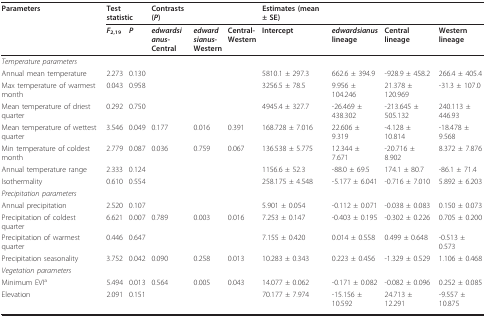
<table><thead><tr><td><b>Parameters</b></td><td colspan="2"><b>Test statistic</b></td><td><b>Contrasts (<i>P</i>)</b></td><td></td><td></td><td><b>Estimates (mean ± SE) </b></td><td></td><td></td><td></td></tr><tr><td></td><td><b><i>F</i><sub>2,19</sub></b></td><td><b><i>P</i></b></td><td><b><i>edwardsi</i><i>anus</i>-Central</b></td><td><b><i>edward</i><i>sianus</i>-Western</b></td><td><b>Central-Western</b></td><td><b>Intercept</b></td><td><b><i>edwardsianus</i>lineage</b></td><td><b>Central lineage</b></td><td><b>Western lineage</b></td></tr></thead><tbody><tr><td><i>Temperature parameters</i></td><td></td><td></td><td></td><td></td><td></td><td></td><td></td><td></td><td></td></tr><tr><td>Annual mean temperature</td><td>2.273</td><td>0.130</td><td></td><td></td><td></td><td>5810.1 ± 297.3</td><td>662.6 ± 394.9</td><td>-928.9 ± 458.2</td><td>266.4 ± 405.4</td></tr><tr><td>Max temperature of warmest month</td><td>0.043</td><td>0.958</td><td></td><td></td><td></td><td>3256.5 ± 78.5</td><td>9.956 ± 104.246</td><td>21.378 ± 120.969</td><td>-31.3 ± 107.0</td></tr><tr><td>Mean temperature of driest quarter</td><td>0.292</td><td>0.750</td><td></td><td></td><td></td><td>4945.4 ± 327.7</td><td>-26.469 ± 438.302</td><td>-213.645 ± 505.132</td><td>240.113 ± 446.93</td></tr><tr><td>Mean temperature of wettest quarter</td><td>3.546</td><td>0.049</td><td>0.177</td><td>0.016</td><td>0.391</td><td>168.728 ± 7.016</td><td>22.606 ± 9.319</td><td>-4.128 ± 10.814</td><td>-18.478 ± 9.568</td></tr><tr><td>Min temperature of coldest month</td><td>2.779</td><td>0.087</td><td>0.036</td><td>0.759</td><td>0.067</td><td>136.538 ± 5.775</td><td>12.344 ± 7.671</td><td>-20.716 ± 8.902</td><td>8.372 ± 7.876</td></tr><tr><td>Annual temperature range</td><td>2.333</td><td>0.124</td><td></td><td></td><td></td><td>1156.6 ± 52.3</td><td>-88.0 ± 69.5</td><td>174.1 ± 80.7</td><td>-86.1 ± 71.4</td></tr><tr><td>Isothermality</td><td>0.610</td><td>0.554</td><td></td><td></td><td></td><td>258.175 ± 4.548</td><td>-5.177 ± 6.041</td><td>-0.716 ± 7.010</td><td>5.892 ± 6.203</td></tr><tr><td><i>Precipitation parameters</i></td><td></td><td></td><td></td><td></td><td></td><td></td><td></td><td></td><td></td></tr><tr><td>Annual precipitation</td><td>2.520</td><td>0.107</td><td></td><td></td><td></td><td>5.901 ± 0.054</td><td>-0.112 ± 0.071</td><td>-0.038 ± 0.083</td><td>0.150 ± 0.073</td></tr><tr><td>Precipitation of coldest quarter</td><td>6.621</td><td>0.007</td><td>0.789</td><td>0.003</td><td>0.016</td><td>7.253 ± 0.147</td><td>-0.403 ± 0.195</td><td>-0.302 ± 0.226</td><td>0.705 ± 0.200</td></tr><tr><td>Precipitation of warmest quarter</td><td>0.446</td><td>0.647</td><td></td><td></td><td></td><td>7.155 ± 0.420</td><td>0.014 ± 0.558</td><td>0.499 ± 0.648</td><td>-0.513 ± 0.573</td></tr><tr><td>Precipitation seasonality</td><td>3.752</td><td>0.042</td><td>0.090</td><td>0.258</td><td>0.013</td><td>10.283 ± 0.343</td><td>0.223 ± 0.456</td><td>-1.329 ± 0.529</td><td>1.106 ± 0.468</td></tr><tr><td><i>Vegetation parameters</i></td><td></td><td></td><td></td><td></td><td></td><td></td><td></td><td></td><td></td></tr><tr><td>Minimum EVI<sup>a</sup></td><td>5.494</td><td>0.013</td><td>0.564</td><td>0.005</td><td>0.043</td><td>14.077 ± 0.062</td><td>-0.171 ± 0.082</td><td>-0.082 ± 0.096</td><td>0.252 ± 0.085</td></tr><tr><td>Elevation</td><td>2.091</td><td>0.151</td><td></td><td></td><td></td><td>70.177 ± 7.974</td><td>-15.156 ± 10.592</td><td>24.713 ± 12.291</td><td>-9.557 ± 10.875</td></tr></tbody></table>